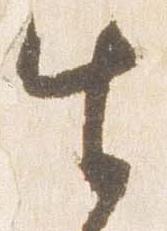
生